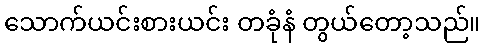
သောက်ယင်းစားယင်း တခုံနံ တွယ်တော့သည်။